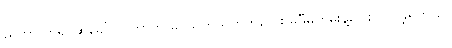
ညိုဟာ ကိုရင်ဆွဲခေါ်လာတာကို ခပ်သုတ်သုတ်ကလေး မမှီမကမ်းနဲ့ပြေးလိုက်ခဲ့ရတယ်။